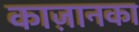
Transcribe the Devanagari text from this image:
काज़ानका